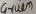
Text: Gruen